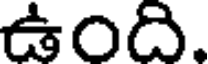
ఉంది.